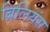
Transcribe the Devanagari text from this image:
ब्रिलियंस